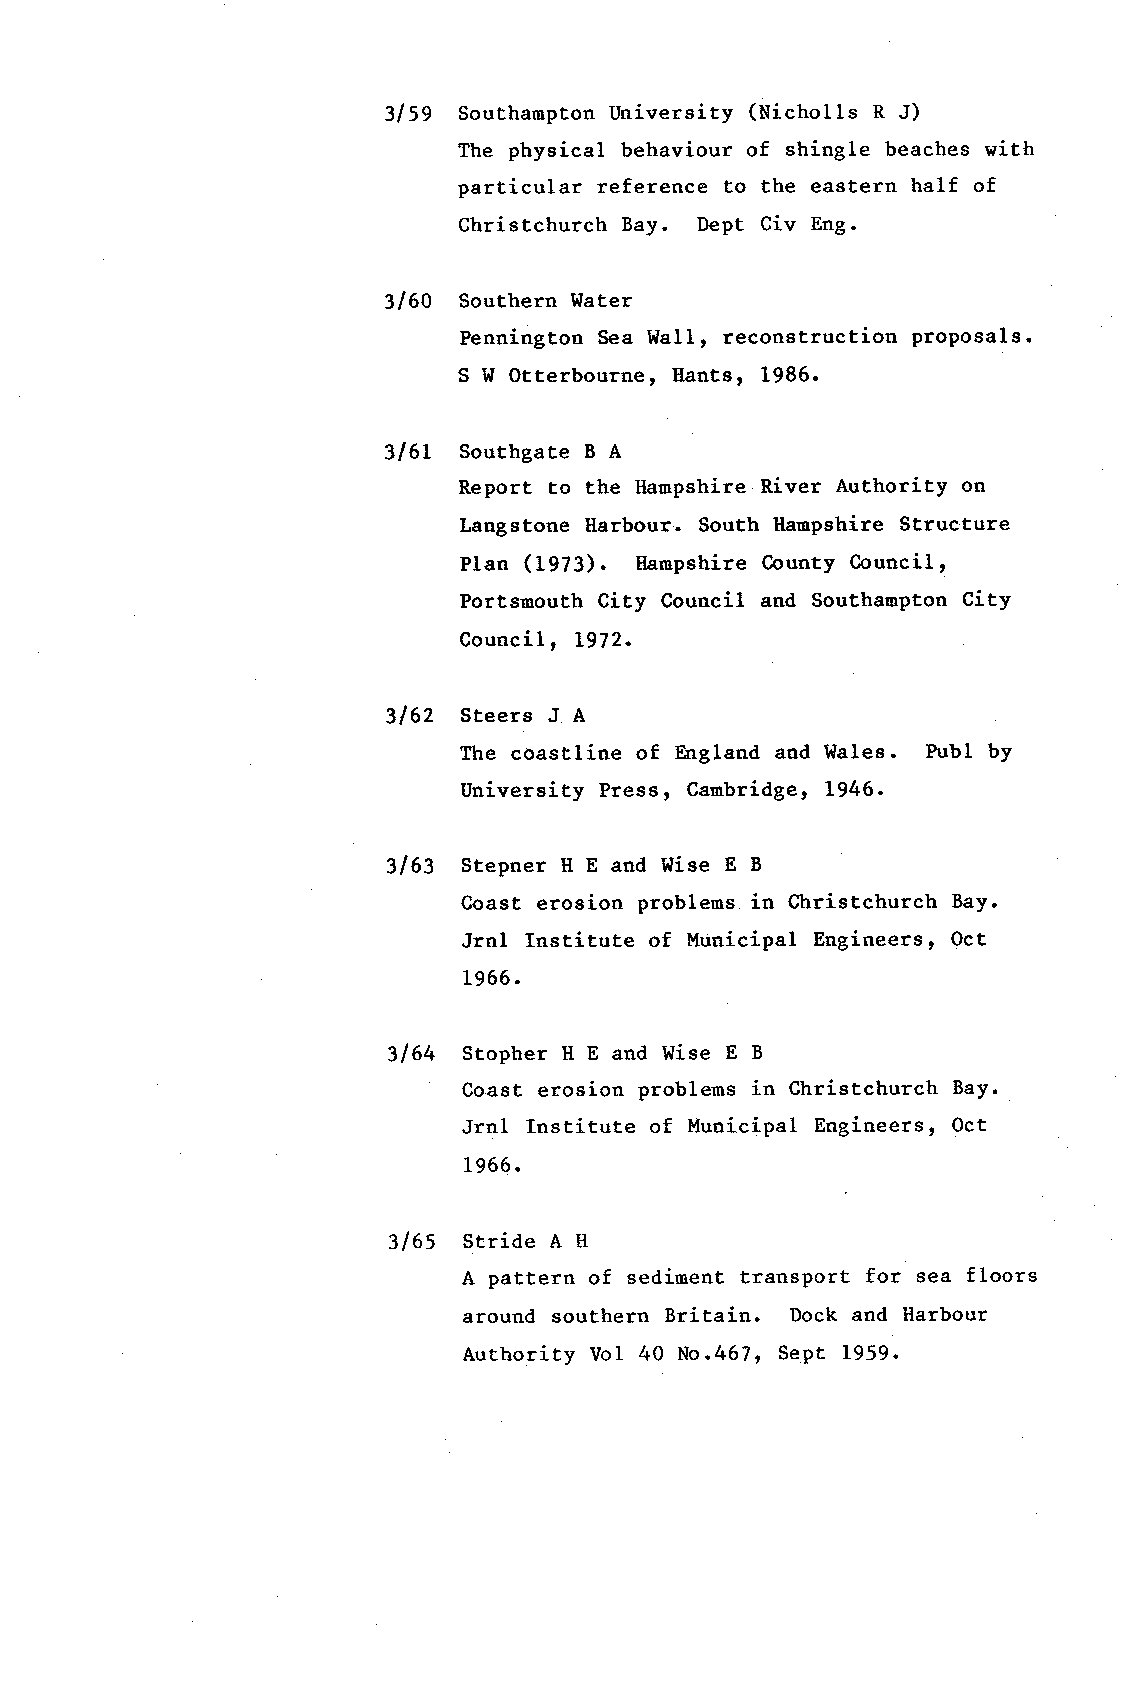
3159 SourhampronU niversity (tlicholls R J)
 The physical behaviour of shingle beaches with
 particular reference to the eastern half of
 Christchurch Bay. Dept Civ Eng.
 3160 Southern Water
 Pennington Sea Wa11, reconstruction proposals.
 S w Otterbourne, I{ants, L986.
 3l6L Southgate B A
 Report to the llampshire River Authority on
 Langstone Earbour. South l{ampshire Structure
 Plan (1973). Ilampshire County Council,
 Portsmouth City Council and Southanpton City
 Council, L972.
 3162 Steers J A
 The coastline of tstgland and l{ales. Publ by
 University Press, Cambridger L946.
 3163 Stepner Il E and l{ise E B
 Coast erosion problems in Christchurch Bay.
 JrnI Institute of Municipal Engineers, Oct
 L966.
 3164 Stopher H E and Wise E B
 Coast erosion problems in Christchurch Bay.
 Jrnl Institute of Municipal Engineersl Oct
 19 66.
 3165 stride A ll
 A pattern of sediment transPort for sea floors
 around southern Britain. Dock and llarbour
 Aurhority vol 40 No.467, Sept L959.